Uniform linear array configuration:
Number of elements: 4
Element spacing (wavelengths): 0.75
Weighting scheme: kaiser
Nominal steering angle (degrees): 60
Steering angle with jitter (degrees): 58.559
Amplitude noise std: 0.05
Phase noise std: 0.05

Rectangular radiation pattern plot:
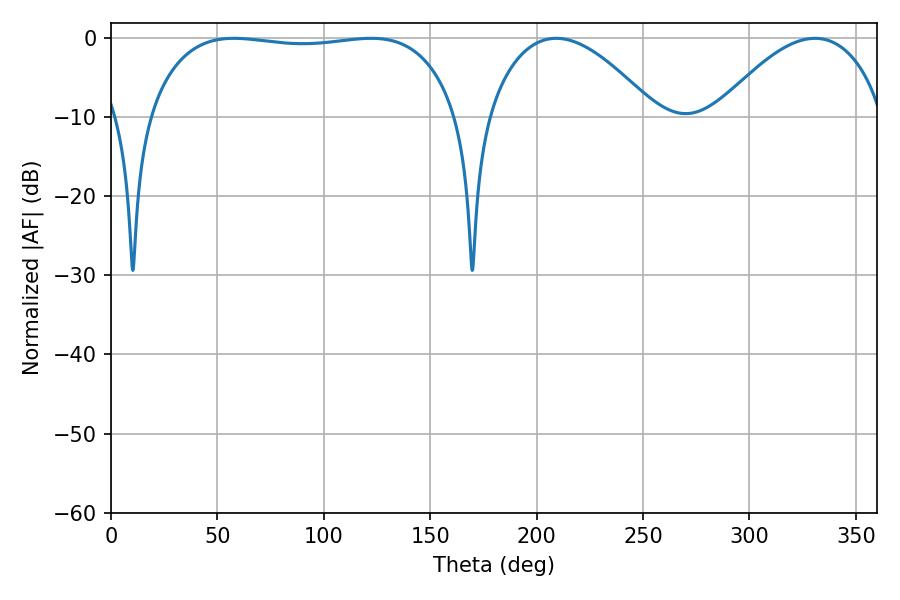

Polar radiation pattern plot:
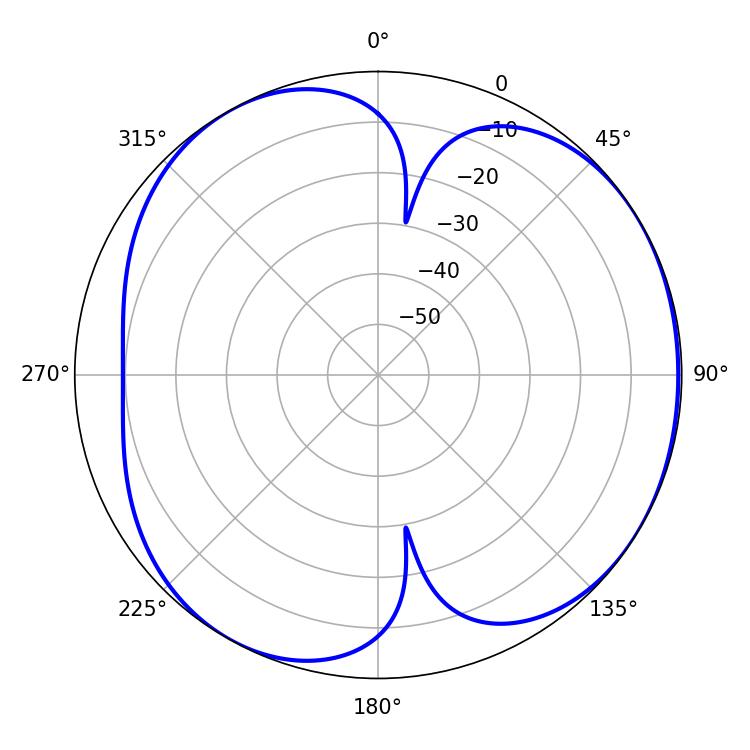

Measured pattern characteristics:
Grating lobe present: TRUE
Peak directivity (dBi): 4.683
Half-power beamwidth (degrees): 115.92
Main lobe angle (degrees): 57.78